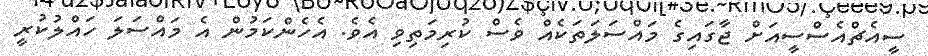
ސީއެޗްއެސްސީއަށް ޖާގައިގެ މައްސަލަތަކެއް ވެސް ކުރިމަތިވި އެވެ. އެހެންކަމުން އެ މައްސަލަ ހައްލުކުރީ